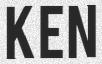
KEN